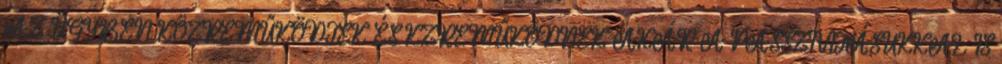
AZ ÜGYBEN KÖZREMŰKÖDTEK ÉS KZREMŰKÖDNEK AKÁR A PASSZIVITÁSUKKAL IS